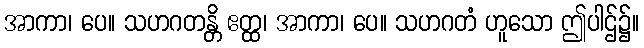
အာကာ၊ ပေ။ သဟဂတန္တိ ဧတ္ထ၊ အာကာ၊ ပေ။ သဟဂတံ ဟူသော ဤပါဌ်၌။